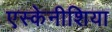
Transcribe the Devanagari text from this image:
एस्केनीशिया